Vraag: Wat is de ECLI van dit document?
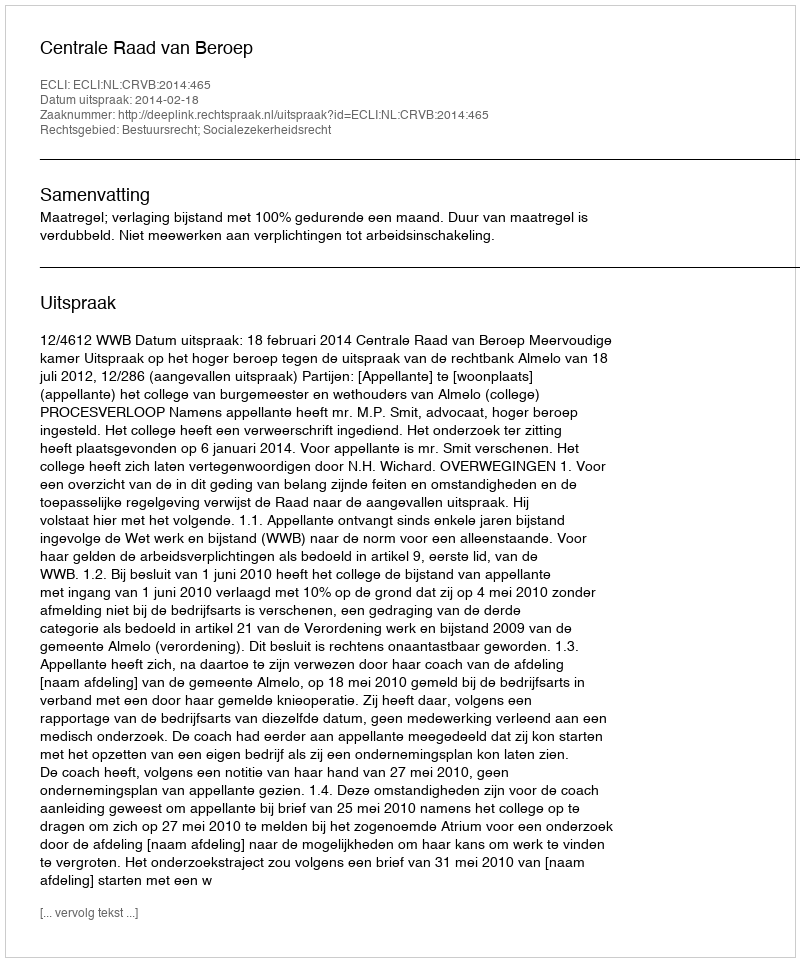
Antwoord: ECLI:NL:CRVB:2014:465